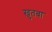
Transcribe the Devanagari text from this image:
ख़ुतबा